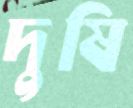
দুষি